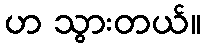
ဟ သွားတယ်။